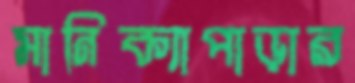
মানিক্যাপাড়ার